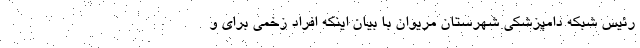
رئیس شبکه دامپزشکی شهرستان مریوان با بیان اینکه افراد زخمی برای و